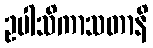
ဥပါသိကာသတာနိ